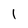
Character: 1